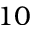
1 0